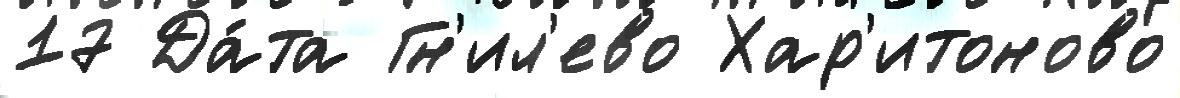
17 Да́та Гн'ил'ево Хар'итоново